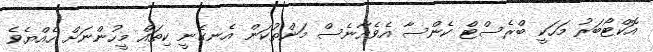
އޮކްޓޯބަރު މަހަކީ ބްރެސްޓް ކެންސާ އެވެއާނެސް މަންތުކަން އެނގެނީ ކިތައް މީހުންނަށް ހެއްޔެވެ